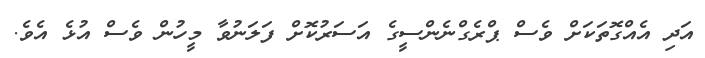
އަދި އެއްގޮތަކަށް ވެސް ޕްރެގްނެންސީގެ އަސަރުކޮށް ފަލަނުވާ މީހުން ވެސް އުޅެ އެވެ.